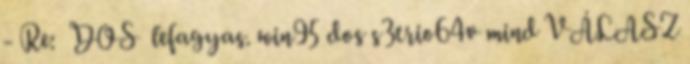
- Re: DOS lefagyas. win95 dos s3trio64v mind VÁLASZ